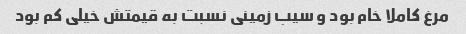
مرغ کاملا خام بود و سیب زمینی نسبت به قیمتش خیلی کم بود